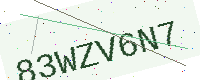
Text: 83WZV6N7